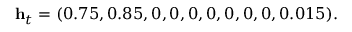
\mathbf { h } _ { t } = ( 0 . 7 5 , 0 . 8 5 , 0 , 0 , 0 , 0 , 0 , 0 , 0 , 0 . 0 1 5 ) .